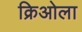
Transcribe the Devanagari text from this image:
क्रिओला